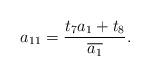
LaTeX: \begin{align*} a_{11} = \frac{t_{7} a_{1} + t_{8}}{\overline{a_{1}}}.\end{align*}